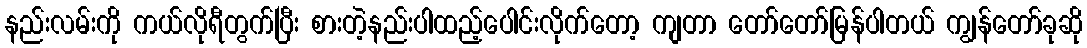
နည်းလမ်းကို ကယ်လိုရီတွက်ပြီး စားတဲ့နည်းပါထည့်ပေါင်းလိုက်တော့ ကျတာ တော်တော်မြန်ပါတယ် ကျွန်တော်ခုဆို